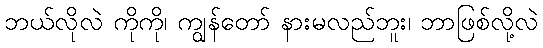
ဘယ်လိုလဲ ကိုကို၊ ကျွန်တော် နားမလည်ဘူး၊ ဘာဖြစ်လို့လဲ